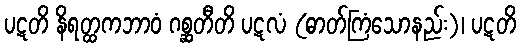
ပဋတိ နိရတ္ထကဘာဝံ ဂစ္ဆတီတိ ပဋလံ (ဓာတ်ကြံသောနည်း)၊ ပဋတိ